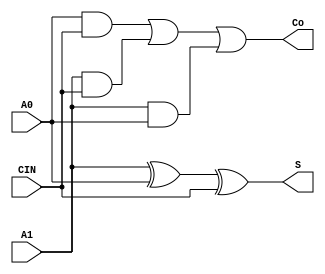
module fullAdder(A1, A0, CIN, S, Co);

    input A1, A0, CIN;
    output S, Co;

    assign S = A1 ^ A0 ^ CIN;
    assign Co = A0&CIN | A1&CIN | A1&A0;


endmodule